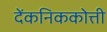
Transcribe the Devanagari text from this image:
देंकनिककोत्ती